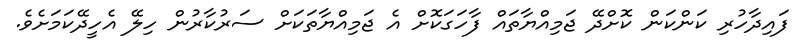
ފައިދާހުރި ކަންކަން ކޮށްދޭ ޖަމިއްޔާތައް ފާހަގަކޮށް އެ ޖަމިއްޔާާތަކަށް ސަރުކާރުން ހިލޭ އެހީދޭކަމަށެވެ.